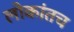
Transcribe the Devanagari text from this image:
लोकांतच